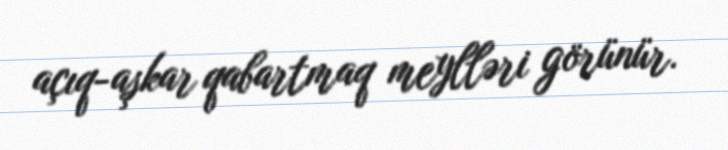
açıq-aşkar qabartmaq meylləri görünür.